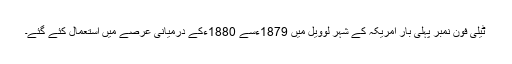
ٹیلی فون نمبر پہلی بار امریکہ کے شہر لوویل میں 1879ءسے 1880ءکے درمیانی عرصے میں استعمال کئے گئے۔